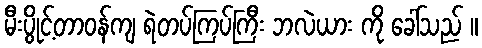
မီးပွိုင့်တာဝန်ကျ ရဲတပ်ကြပ်ကြီး ဘလဲယား ကို ခေါ်သည် ။